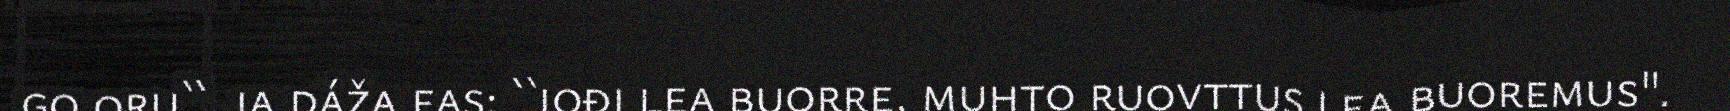
go oru``, ja dáža fas: ``jođi lea buorre, muhto ruovttus lea buoremus".